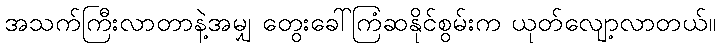
အသက်ကြီးလာတာနဲ့အမျှ တွေးခေါ်ကြံဆနိုင်စွမ်းက ယုတ်လျော့လာတယ်။